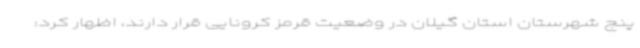
پنج شهرستان استان گیلان در وضعیت قرمز کرونایی قرار دارند، اظهار کرد: